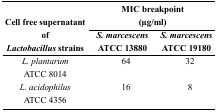
<table><thead><tr><td rowspan="3"><b>Cell free supernatant of <i>Lactobacillus</i> strains</b></td><td colspan="2"><b>MIC breakpoint (μg/ml)</b></td></tr><tr><td><b><i>S. marcescens</i> ATCC 13880</b></td><td><b><i>S. marcescens</i> ATCC 19180</b></td></tr></thead><tbody><tr><td><i>L. plantarum</i> ATCC 8014</td><td>64</td><td>32</td></tr><tr><td><i>L. acidophilus</i> ATCC 4356</td><td>16</td><td>8</td></tr></tbody></table>